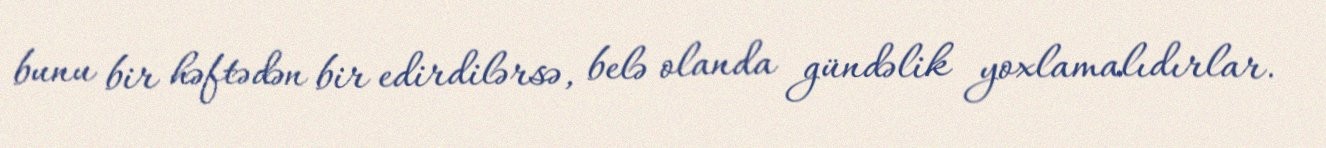
bunu bir həftədən bir edirdilərsə, belə olanda gündəlik yoxlamalıdırlar.